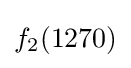
f_{2}(1270)